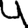
Digit: 4